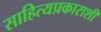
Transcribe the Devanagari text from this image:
साहित्यप्रकाराशी